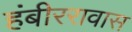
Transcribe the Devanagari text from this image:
हंबीररावास